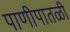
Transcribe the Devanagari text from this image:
पाणीपातळी